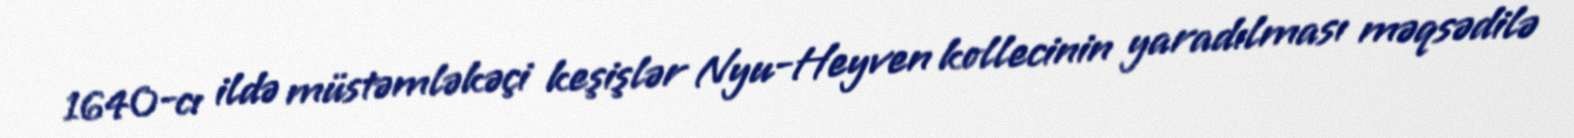
1640-cı ildə müstəmləkəçi keşişlər Nyu-Heyven kollecinin yaradılması məqsədilə